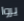
يروا